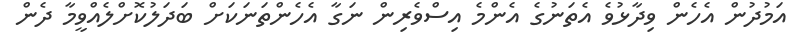
އަމުދުން އެހެން ވިދާޅުވެ އެތަނުގެ އެންމެ އިސްވެރިން ނަގާ އެހެންތަނަކަށް ބަދަލުކޮށްލެއްވީމާ ދެން